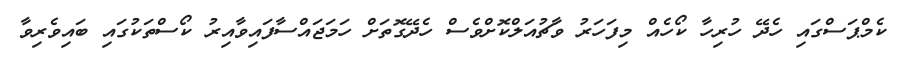
ކެމްޕަސްގައި ހެދޭ ހުރިހާ ކޯހެއް މިފަހަރު ވާޗުއަލްކޮށްވެސް ހެދޭގޮތަށް ހަމަޖައްސާފައިވާއިރު ކޯސްތަކުގައި ބައިވެރިވާ